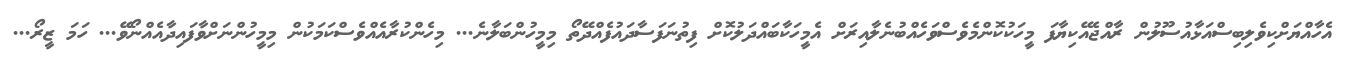
އެހާއްޔަށްކިވެލިބިސްއަޅާއުސޫލުން ރާއްޖެއޭކިޔާފަ މީހަކުކޮންމެވެސްވަހެއްބުނެލާއިރަށް އެމީހަކާބައްދަލުކޮށް ފިތުނަފަސާދައުފެއްދޭތޯ މިމީހުންބަލާނެ... މިހެންކުރާއެއްވެސްކަމަކުން މިމީހުންނަށްވާފައިދާއެއްނޯވޭ... ހަމަ ޒީރޯ...